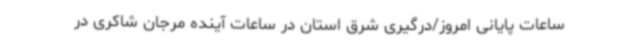
ساعات پایانی امروز/درگیری شرق استان در ساعات آینده مرجان شاکری در